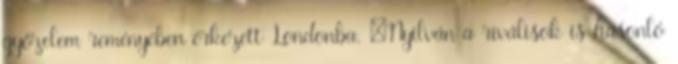
győzelem reményében érkezett Londonba. „Nyilván a riválisok is hasonló